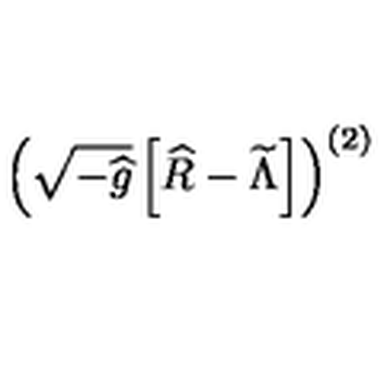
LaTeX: \left( \sqrt { - { \widehat g } } \left[ { \widehat R } - { \widetilde \Lambda } \right] \right) ^ { ( 2 ) }